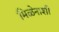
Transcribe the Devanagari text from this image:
मिळेनाशी